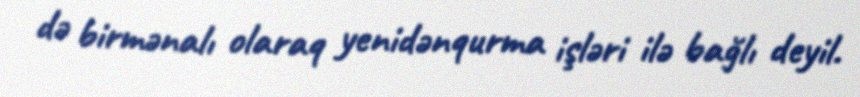
də birmənalı olaraq yenidənqurma işləri ilə bağlı deyil.